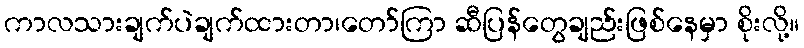
ကာလသားချက်ပဲချက်ထားတာ၊တော်ကြာ ဆီပြန်တွေချည်းဖြစ်နေမှာ စိုးလို့။